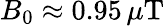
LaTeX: B_{0}\approx 0.95\, \mu\mathrm{T}